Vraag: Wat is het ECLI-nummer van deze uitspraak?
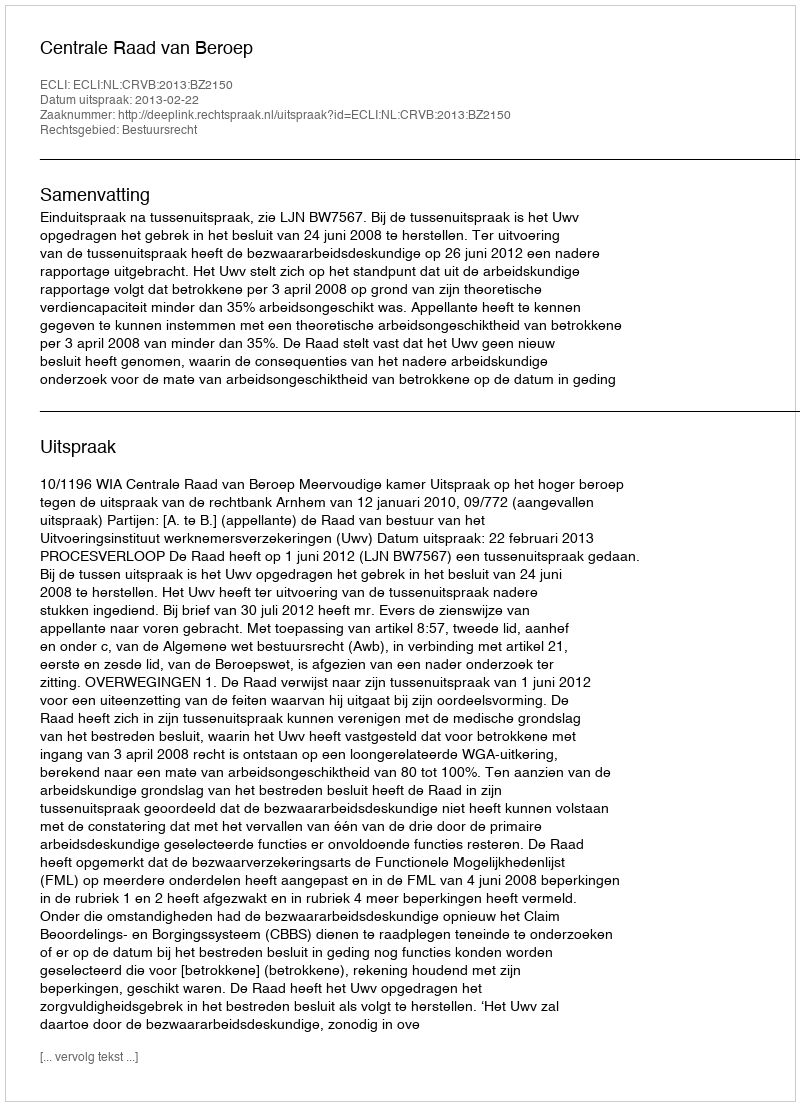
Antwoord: ECLI:NL:CRVB:2013:BZ2150